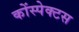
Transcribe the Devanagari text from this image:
कोंस्पेक्टस